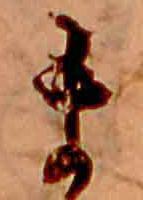
ま